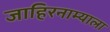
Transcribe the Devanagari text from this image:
जाहिरनाम्याला